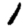
Digit: 1